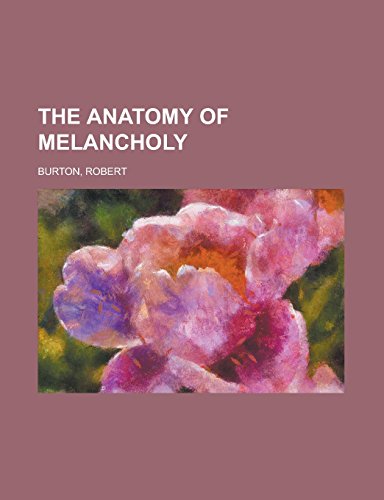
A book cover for The Anatomy of Melancholy; Robert Burton; Medical Books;